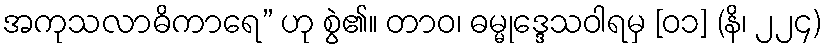
အကုသလာဓိကာရေ” ဟု စွဲ၏။ တာဝ၊ ဓမ္မုဒ္ဒေသဝါရမှ [၀၁] (နိ၊ ၂၂၄)